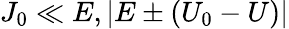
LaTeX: J_{0}\ll E,|E\pm(U_{0}-U)|